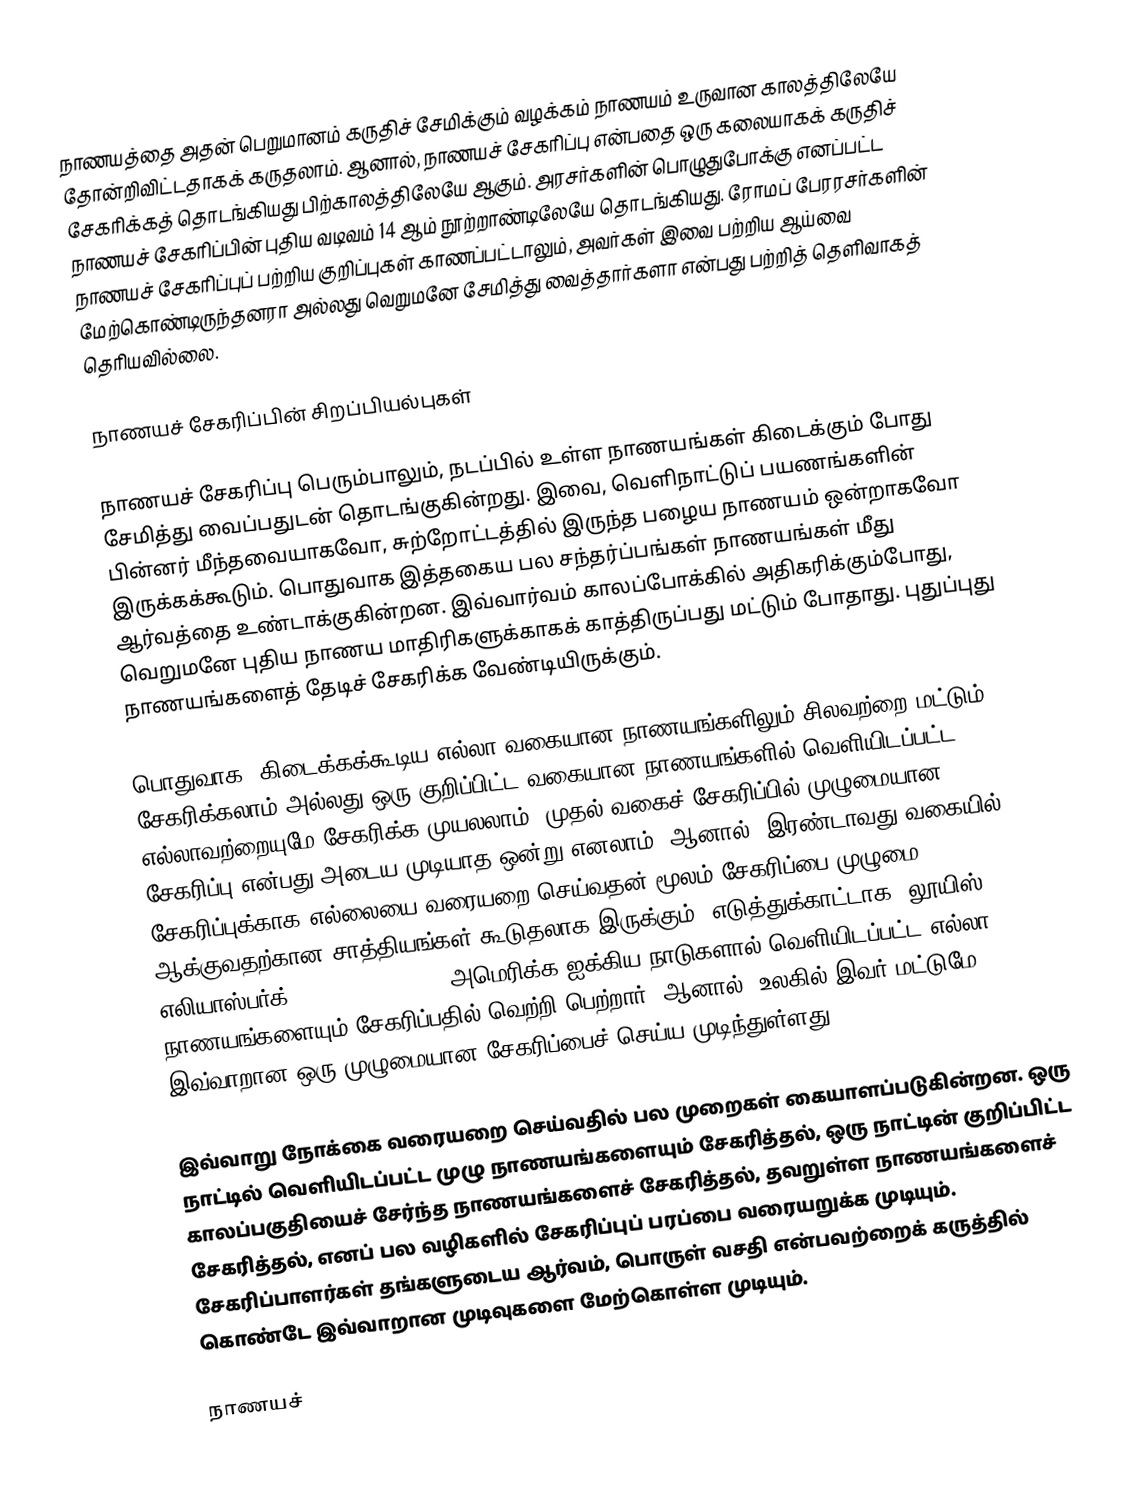
நாணயத்தை அதன் பெறுமானம் கருதிச் சேமிக்கும் வழக்கம் நாணயம் உருவான காலத்திலேயே தோன்றிவிட்டதாகக் கருதலாம். ஆனால், நாணயச் சேகரிப்பு என்பதை ஒரு கலையாகக் கருதிச் சேகரிக்கத் தொடங்கியது பிற்காலத்திலேயே ஆகும். அரசர்களின் பொழுதுபோக்கு எனப்பட்ட நாணயச் சேகரிப்பின் புதிய வடிவம் 14 ஆம் நூற்றாண்டிலேயே தொடங்கியது. ரோமப் பேரரசர்களின் நாணயச் சேகரிப்புப் பற்றிய குறிப்புகள் காணப்பட்டாலும், அவர்கள் இவை பற்றிய ஆய்வை மேற்கொண்டிருந்தனரா அல்லது வெறுமனே சேமித்து வைத்தார்களா என்பது பற்றித் தெளிவாகத் தெரியவில்லை.

நாணயச் சேகரிப்பின் சிறப்பியல்புகள்

நாணயச் சேகரிப்பு பெரும்பாலும், நடப்பில் உள்ள நாணயங்கள் கிடைக்கும் போது சேமித்து வைப்பதுடன் தொடங்குகின்றது. இவை, வெளிநாட்டுப் பயணங்களின் பின்னர் மீந்தவையாகவோ, சுற்றோட்டத்தில் இருந்த பழைய நாணயம் ஒன்றாகவோ இருக்கக்கூடும். பொதுவாக இத்தகைய பல சந்தர்ப்பங்கள் நாணயங்கள் மீது ஆர்வத்தை உண்டாக்குகின்றன. இவ்வார்வம் காலப்போக்கில் அதிகரிக்கும்போது, வெறுமனே புதிய நாணய மாதிரிகளுக்காகக் காத்திருப்பது மட்டும் போதாது. புதுப்புது நாணயங்களைத் தேடிச் சேகரிக்க வேண்டியிருக்கும்.

பொதுவாக, கிடைக்கக்கூடிய எல்லா வகையான நாணயங்களிலும் சிலவற்றை மட்டும் சேகரிக்கலாம் அல்லது ஒரு குறிப்பிட்ட வகையான நாணயங்களில் வெளியிடப்பட்ட எல்லாவற்றையுமே சேகரிக்க முயலலாம். முதல் வகைச் சேகரிப்பில் முழுமையான சேகரிப்பு என்பது அடைய முடியாத ஒன்று எனலாம். ஆனால், இரண்டாவது வகையில் சேகரிப்புக்காக எல்லையை வரையறை செய்வதன் மூலம் சேகரிப்பை முழுமை ஆக்குவதற்கான சாத்தியங்கள் கூடுதலாக இருக்கும். எடுத்துக்காட்டாக, லூயிஸ் எலியாஸ்பர்க் (Louis Eliasberg) அமெரிக்க ஐக்கிய நாடுகளால் வெளியிடப்பட்ட எல்லா நாணயங்களையும் சேகரிப்பதில் வெற்றி பெற்றார். ஆனால், உலகில் இவர் மட்டுமே இவ்வாறான ஒரு முழுமையான சேகரிப்பைச் செய்ய முடிந்துள்ளது.

இவ்வாறு நோக்கை வரையறை செய்வதில் பல முறைகள் கையாளப்படுகின்றன. ஒரு நாட்டில் வெளியிடப்பட்ட முழு நாணயங்களையும் சேகரித்தல், ஒரு நாட்டின் குறிப்பிட்ட காலப்பகுதியைச் சேர்ந்த நாணயங்களைச் சேகரித்தல், தவறுள்ள நாணயங்களைச் சேகரித்தல், எனப் பல வழிகளில் சேகரிப்புப் பரப்பை வரையறுக்க முடியும். சேகரிப்பாளர்கள் தங்களுடைய ஆர்வம், பொருள் வசதி என்பவற்றைக் கருத்தில் கொண்டே இவ்வாறான முடிவுகளை மேற்கொள்ள முடியும்.

நாணயச்